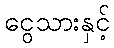
ငွေသားနှင့်